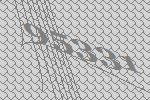
95331